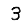
Digit: 3